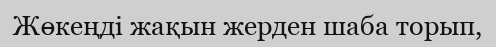
Жөкеңді жақын жерден шаба торып,